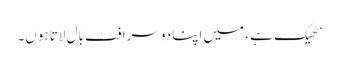
‘ٹھیک ہے ، میں اپنا دوسرا فٹ بال لاتا ہوں۔